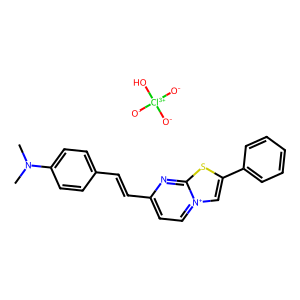
SMILES: CN(C)c1ccc(C=Cc2cc[n+]3cc(-c4ccccc4)sc3n2)cc1.[O-][Cl+3]([O-])([O-])O
Inhibits HIV replication: No